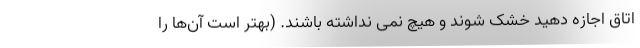
اتاق اجازه دهید خشک شوند و هیچ نمی نداشته باشند. (بهتر است آن‌ها را